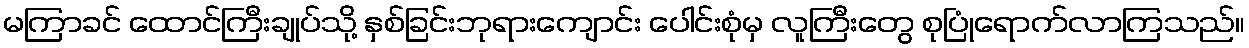
မကြာခင် ထောင်ကြီးချုပ်သို့ နှစ်ခြင်းဘုရားကျောင်း ပေါင်းစုံမှ လူကြီးတွေ စုပြုံရောက်လာကြသည်။